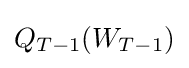
Q_{T-1}(W_{T-1})